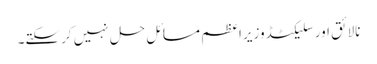
نالائق اورسلیکٹڈوزیراعظم مسائل حل نہیں کرسکتے۔